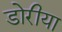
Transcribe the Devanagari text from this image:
डोरीया